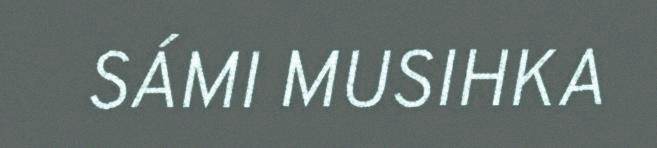
SÁMI MUSIHKA